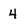
Character: 4